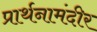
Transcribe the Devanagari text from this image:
प्रार्थनामंदीर